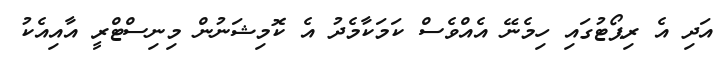
އަދި އެ ރިޕޯޓުގައި ހިމެނޭ އެއްވެސް ކަމަކާމެދު އެ ކޮމިޝަނުން މިނިސްޓްރީ އާއިއެކު